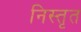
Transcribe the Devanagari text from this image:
निस्तृत